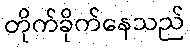
တိုက်ခိုက်နေသည်